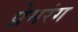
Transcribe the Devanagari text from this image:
प्रेमरंग